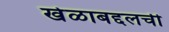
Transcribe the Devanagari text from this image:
खेळाबद्दलची